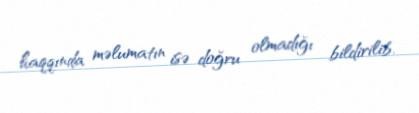
haqqında məlumatın isə doğru olmadığı bildirilib.